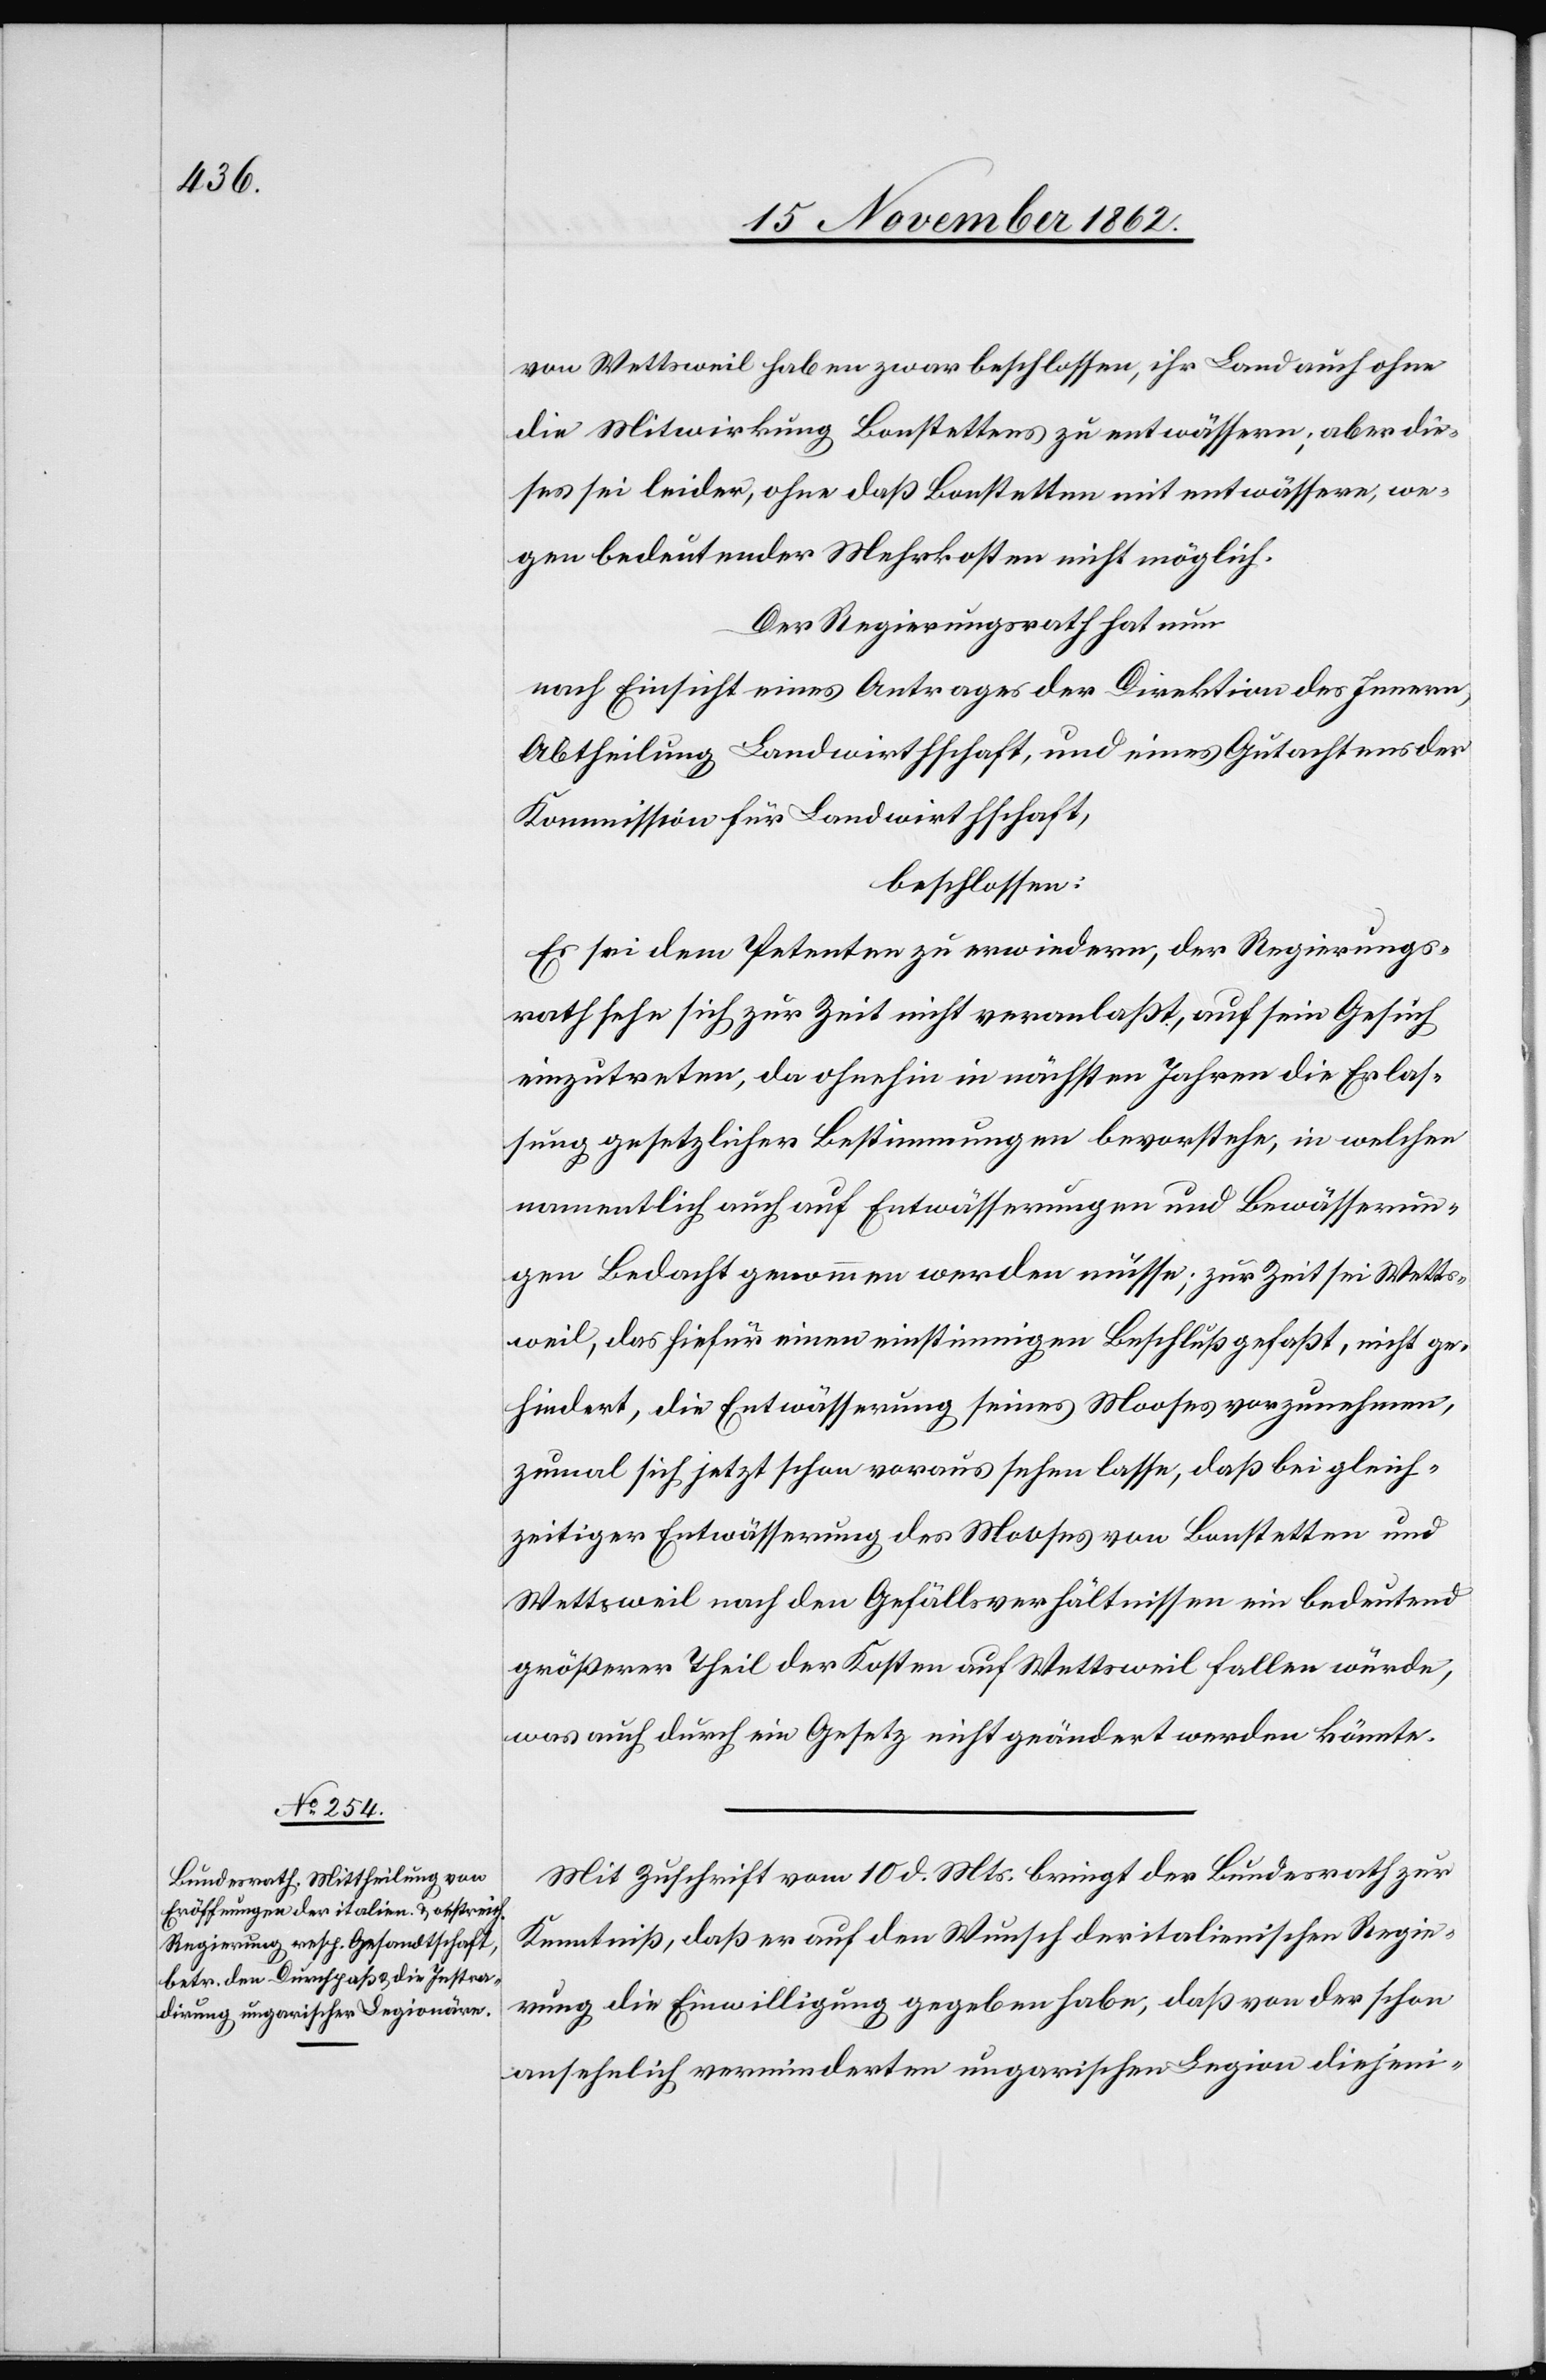
von Wettsweil haben zwar beschlossen, ihr Land auch ohne
die Mitwirkung Bonstettens zu entwässern, aber die¬
ses sei leider, ohne daß Bonstetten mit entwässere, we¬
gen bedeutender Mehrkosten nicht möglich.
Der Regierungsrath hat nun
nach Einsicht eines Antrages der Direktion des Innern,
Abtheilung Landwirtschaft, und eines Gutachtens der
Kommission für Landwirthschaft,
beschlossen:
Es sei dem Petenten zu erwiedern, der Regierungs¬
rath sehe sich zur Zeit nicht veranlaßt, auf sein Gesuch
einzutreten, da ohnehin in nächsten Jahren die Erlas¬
sung gesetzlicher Bestimmungen bevorstehe, in welchen
namentlich auch auf Entwässerungen und Bewässerun¬
gen Bedacht genommen werden müsse; zur Zeit sei Wetts¬
weil, das hiefür einen einstimmigen Beschluß gefaßt, nicht ge¬
hindert, die Entwässerung seines Mooses vorzunehmen,
zumal sich jetzt schon voraus sehen lasse, daß bei gleich¬
zeitiger Entwässerung des Mooses von Bonstetten und
Wettsweil nach den Gefällsverhältnissen ein bedeutend
größerer Theil der Kosten auf Wettsweil fallen würde,
was auch durch ein Gesetz nicht geändert werden könnte.
Mit Zuschrift vom 10. d. Mts. bringt der Bundesrath zur
Kenntniß, daß er auf den Wunsch der italienischen Regie¬
rung die Einwilligung gegeben habe, daß von der schon
ansehnlich verminderten ungarischen Legion diejeni-